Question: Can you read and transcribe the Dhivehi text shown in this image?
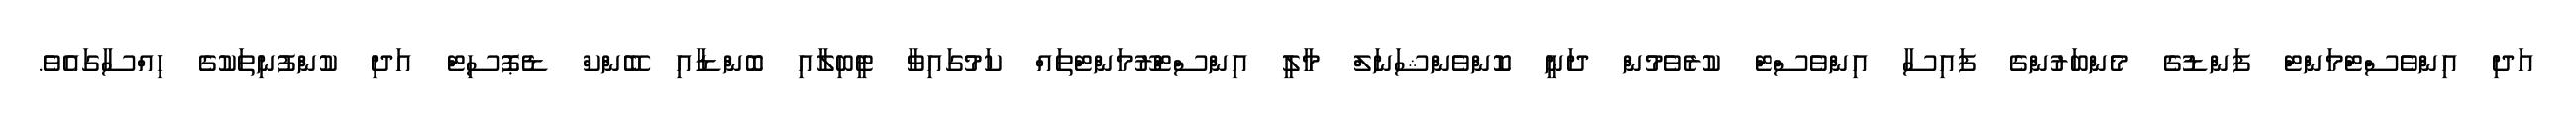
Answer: އަދި އިންވެސްޓްމަންޓް ފަންޑުގެ މެންބަރުންގެ ފައިސާ އިންވެސްޓް ކުރެވެމުން ދަނީ ކޮންވެންޝަނަލް މާލީ އިންސްޓްރޫމަންޓްތައް ކަމުގައިވާ ޓީބިލާއި ބޮންޑާއި ބޭންކް ޑެޕޮސިޓް އަދި ކުންފުނިތަކުގެ ހިއްސާގައެވެ.